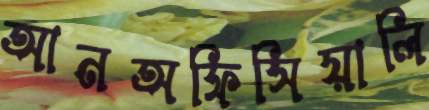
আনঅফিসিয়ালি